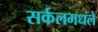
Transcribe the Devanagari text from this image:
सर्कलमधले